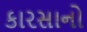
કારસાનો